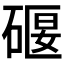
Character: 𥔌